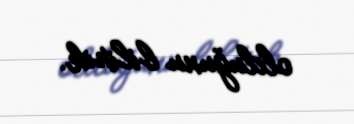
olduğunu bilirik.